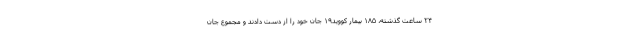
۲۴ ساعت گذشته، ۱۸۵ بیمار کووید۱۹ جان خود را از دست دادند و مجموع جان